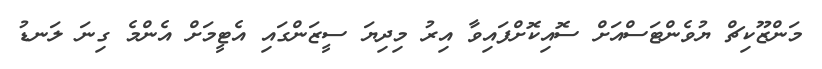
މަންޒޫކިޗް ޔުވެންޓަސްއަށް ސޮއިކޮށްފައިވާ އިރު މިދިޔަ ސީޒަންގައި އެޓީމަށް އެންމެ ގިނަ ލަނޑު